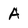
Character: A